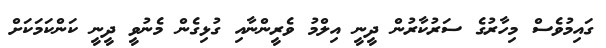
ގައިމުވެސް މިހާރުގެ ސަރުކާރުން ދީނީ އިލްމު ވެރީންނާއި ގުޅިގެން މެނުވީ ދީނީ ކަންކަމަކަށް